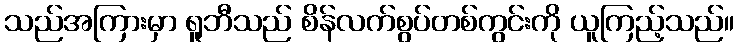
သည်အကြားမှာ ရူဘီသည် စိန်လက်စွပ်တစ်ကွင်းကို ယူကြည့်သည်။